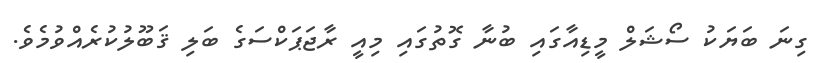
ގިނަ ބަޔަކު ސޯޝަލް މީޑިއާގައި ބުނާ ގޮތުގައި މިއީ ރާޖަޕަކްސަގެ ބަލި ޤަބޫލުކުރެއްވުމެވެ.